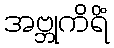
အဗ္ဘုကိရိံ